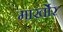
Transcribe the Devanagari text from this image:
मार्खोर